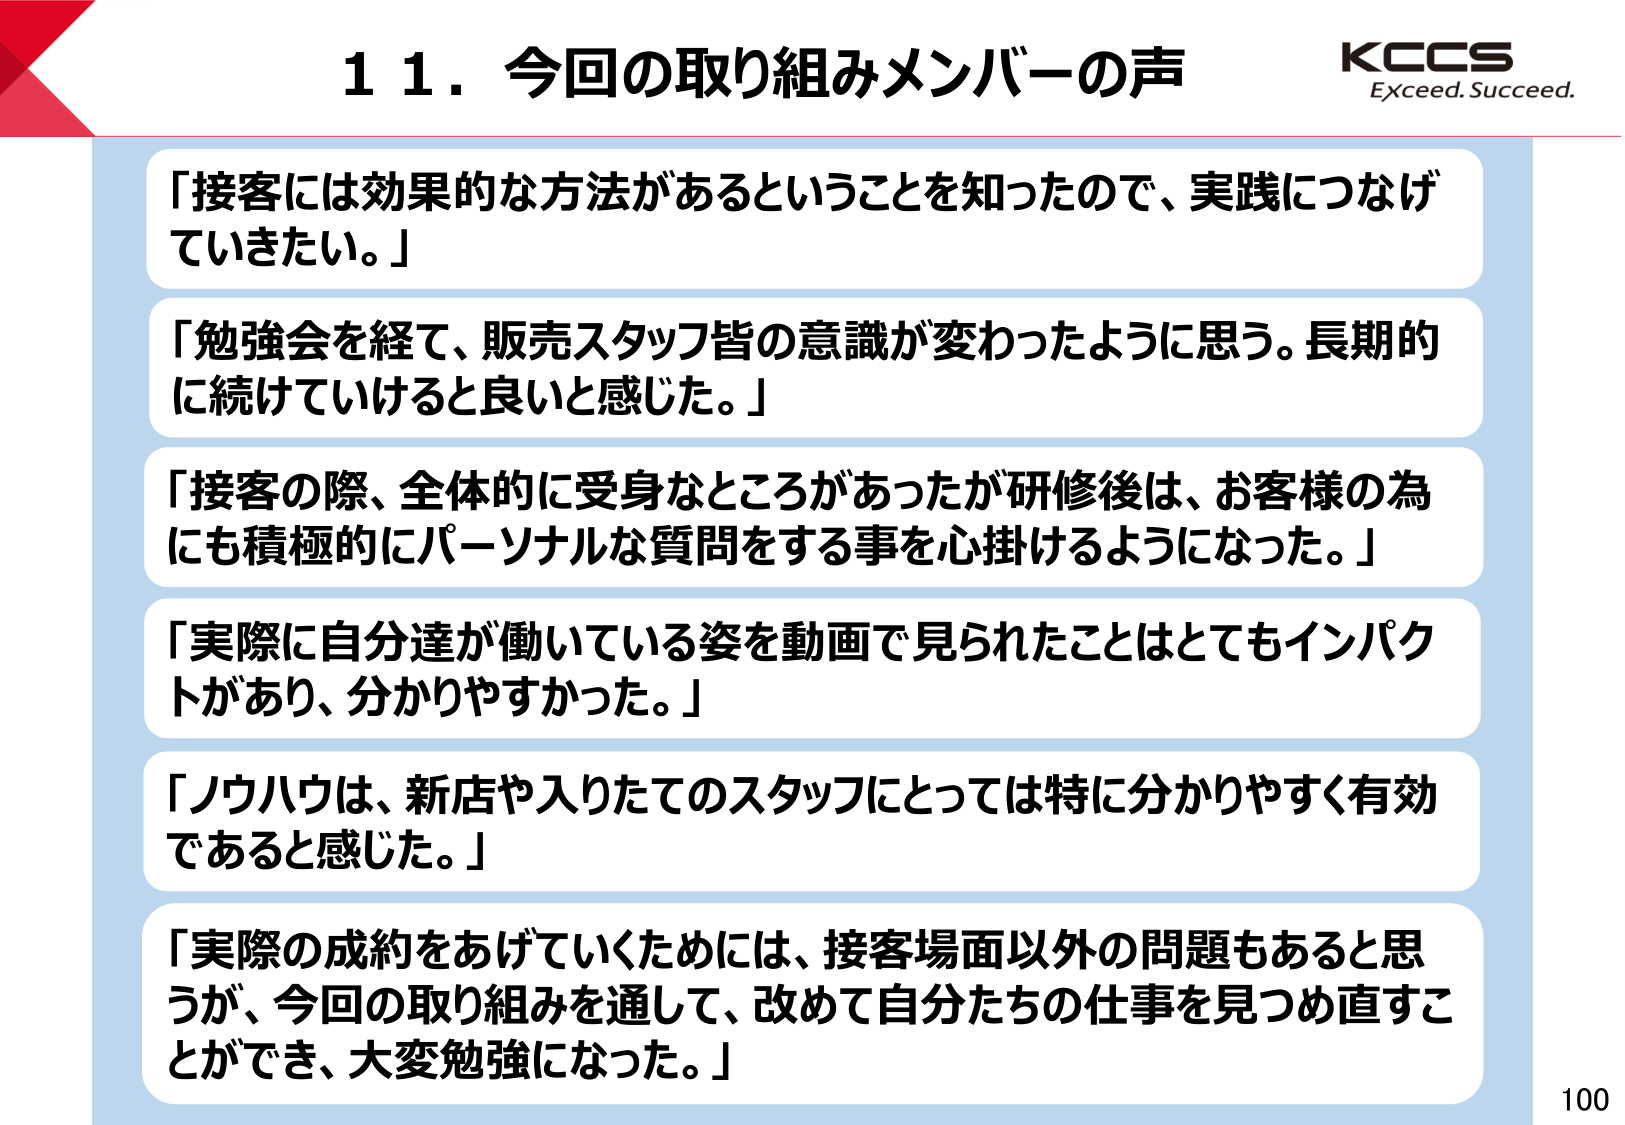
11. 今回の取り組みメンバーの声

「接客には効果的な方法があるということを知ったので、実践につなげていきたい。」

「勉強会を経て、販売スタッフ皆の意識が変わったように思う。長期的に続けていけると良いと感じた。」

「接客の際、全体的に受身なところがあったが研修後は、お客様の為にも積極的にパーソナルな質問をする事を心掛けるようになった。」

「実際に自分達が働いている姿を動画で見られたことはとてもインパクトがあり、分かりやすかった。」

「ノウハウは、新店や入ったてのスタッフにとっては特に分かりやすく有効であると感じた。」

「実際の成約をあげていくためには、接客場面以外の問題もあると思うが、今回の取り組みを通して、改めて自分たちの仕事を見つめ直すことができ、大変勉強になった。」

KCCS
Exceed. Succeed.

100